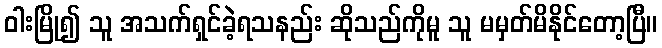
ဝါးမြို၍ သူ အသက်ရှင်ခဲ့ရသနည်း ဆိုသည်ကိုမူ သူ မမှတ်မိနိုင်တော့ပြီ။